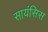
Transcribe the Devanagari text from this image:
सायंसिस